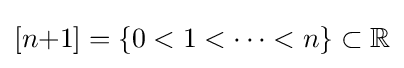
[n{+}1]=\{0<1<\cdots <n\}\subset \mathbb {R}